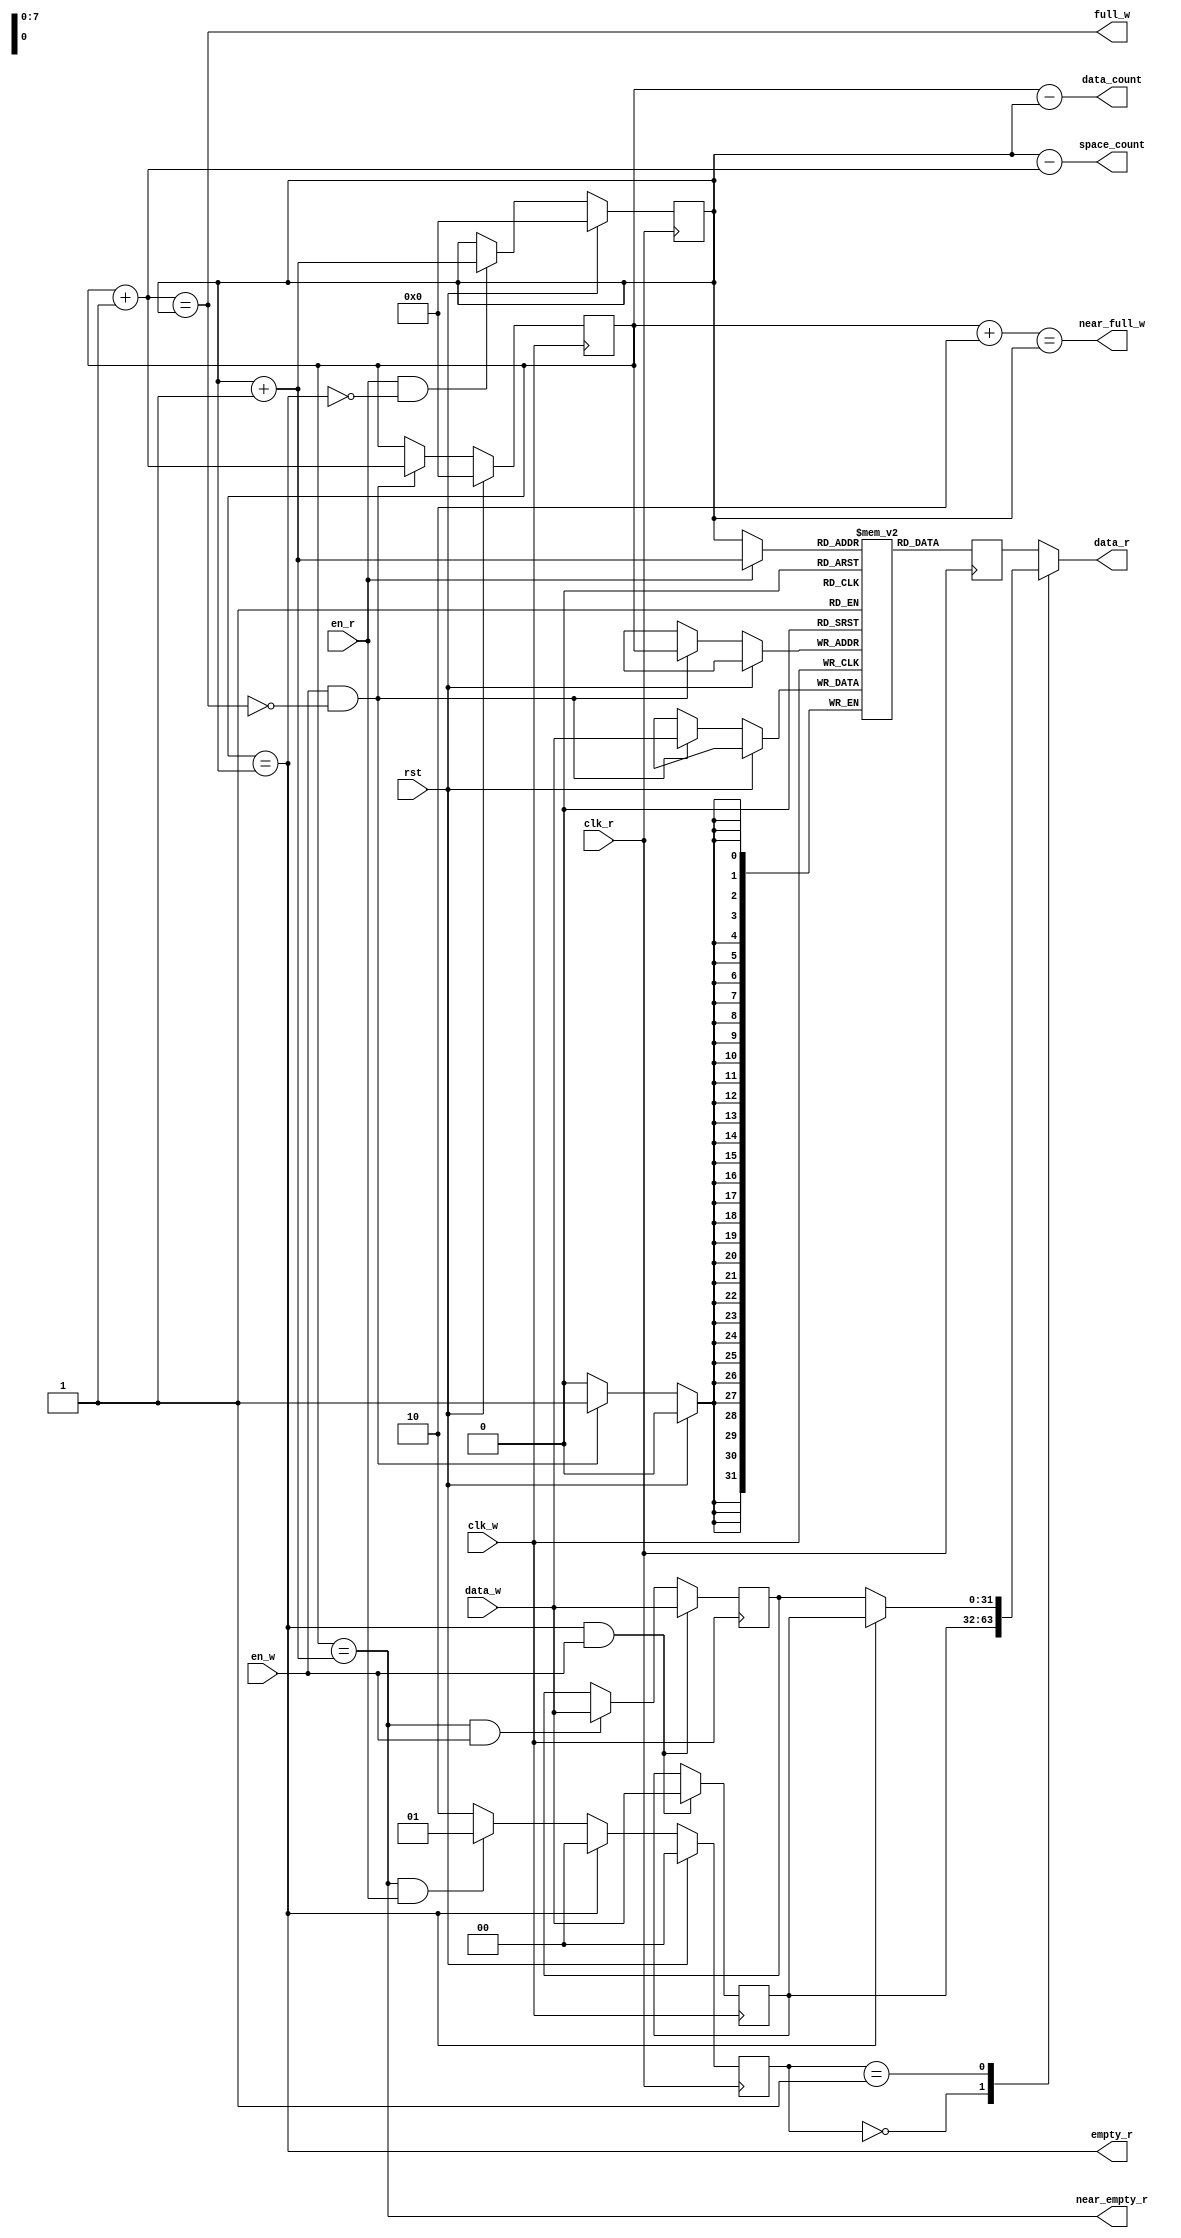
module fifo_asy_fast (
	input wire rst,  // synchronous reset
	// data writing
	input wire clk_w,  // write clock
	input wire en_w,  // write enable
	input wire [DATA_BITS-1:0] data_w,  // data to write
	output wire full_w,  // full flag
	output wire near_full_w,  // near full flag (only one space left)
	output wire [ADDR_BITS-1:0] space_count,  // free space count
	// data reading
	input wire clk_r,  // read clock
	input wire en_r,  // read enable
	output reg [DATA_BITS-1:0] data_r,  // data from read
	output wire empty_r,  // empty flag
	output wire near_empty_r,  // near empty flag (only one data left)
	output wire [ADDR_BITS-1:0] data_count  // available data count
	);
	
	parameter
		DATA_BITS = 32,  // data length
		ADDR_BITS = 8;  // address length
	
	reg [DATA_BITS-1:0] data [0:(1<<ADDR_BITS)-1];
	reg [ADDR_BITS-1:0] ptr_w = 0;
	reg [ADDR_BITS-1:0] ptr_r = 0;
	
	reg [DATA_BITS-1:0] read_buf, write_buf, write_buf2;
	
	// read source
	// 0: FIFO is empty, no source available, but should be careful when data written in
	// 1: FIFO has only one data and is being read, must refer to whether there is data written at the same time
	// 2: Other situation, just read data from array
	reg [1:0] read_src = 0;
	
	// data writing
	always @(posedge clk_w) begin
		if (empty_r && en_w) begin
			write_buf <= data_w;
			write_buf2 <= data_w;
		end
		else if (near_empty_r && en_w) begin
			write_buf2 <= data_w;
		end
	end
	
	always @(posedge clk_w) begin
		if (rst) begin
			ptr_w <= 0;
		end
		else begin
			if (en_w && ~full_w) begin
				data[ptr_w] <= data_w;
				ptr_w <= ptr_w + 1'h1;
			end
		end
	end
	
	// data reading
	always @(posedge clk_r) begin
		read_buf <= data[en_r ? ptr_r + 1'h1 : ptr_r];  // let data_r be available 1 cycle after en_r utters, otherwise normal block RAM need 2 cycle
	end
	
	always @(posedge clk_r) begin
		if (rst) begin
			ptr_r <= 0;
			read_src <= 0;
		end
		else begin
			if (empty_r)
				read_src <= 0;
			else if (near_empty_r && en_r)
				read_src <= 1;
			else
				read_src <= 2;
			if (en_r && ~empty_r) begin
				ptr_r <= ptr_r + 1'h1;
			end
		end
	end
	
	// ensure data_r be available immediately at the negative edge of empty_r
	always @(*) begin
		case (read_src)
			0: data_r = write_buf;
			1: data_r = (~empty_r) ? write_buf2 : write_buf;
			default: data_r = read_buf;
		endcase
	end
	
	// full/empty detect
	assign
		full_w = (ptr_w + 1'h1 == ptr_r),
		near_full_w = (ptr_w + 2'h2 == ptr_r),
		empty_r = (ptr_w == ptr_r),
		near_empty_r = (ptr_w == ptr_r + 1'h1);
	
	assign
		space_count = ptr_r - (ptr_w + 1'h1),
		data_count = ptr_w - ptr_r;
	
endmodule